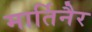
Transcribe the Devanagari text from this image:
मार्तिनैर